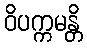
ဝိပက္ကမန္တိ